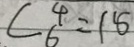
C _ { 6 } ^ { 4 } = 1 8